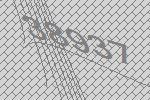
38937